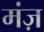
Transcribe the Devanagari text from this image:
मंज़